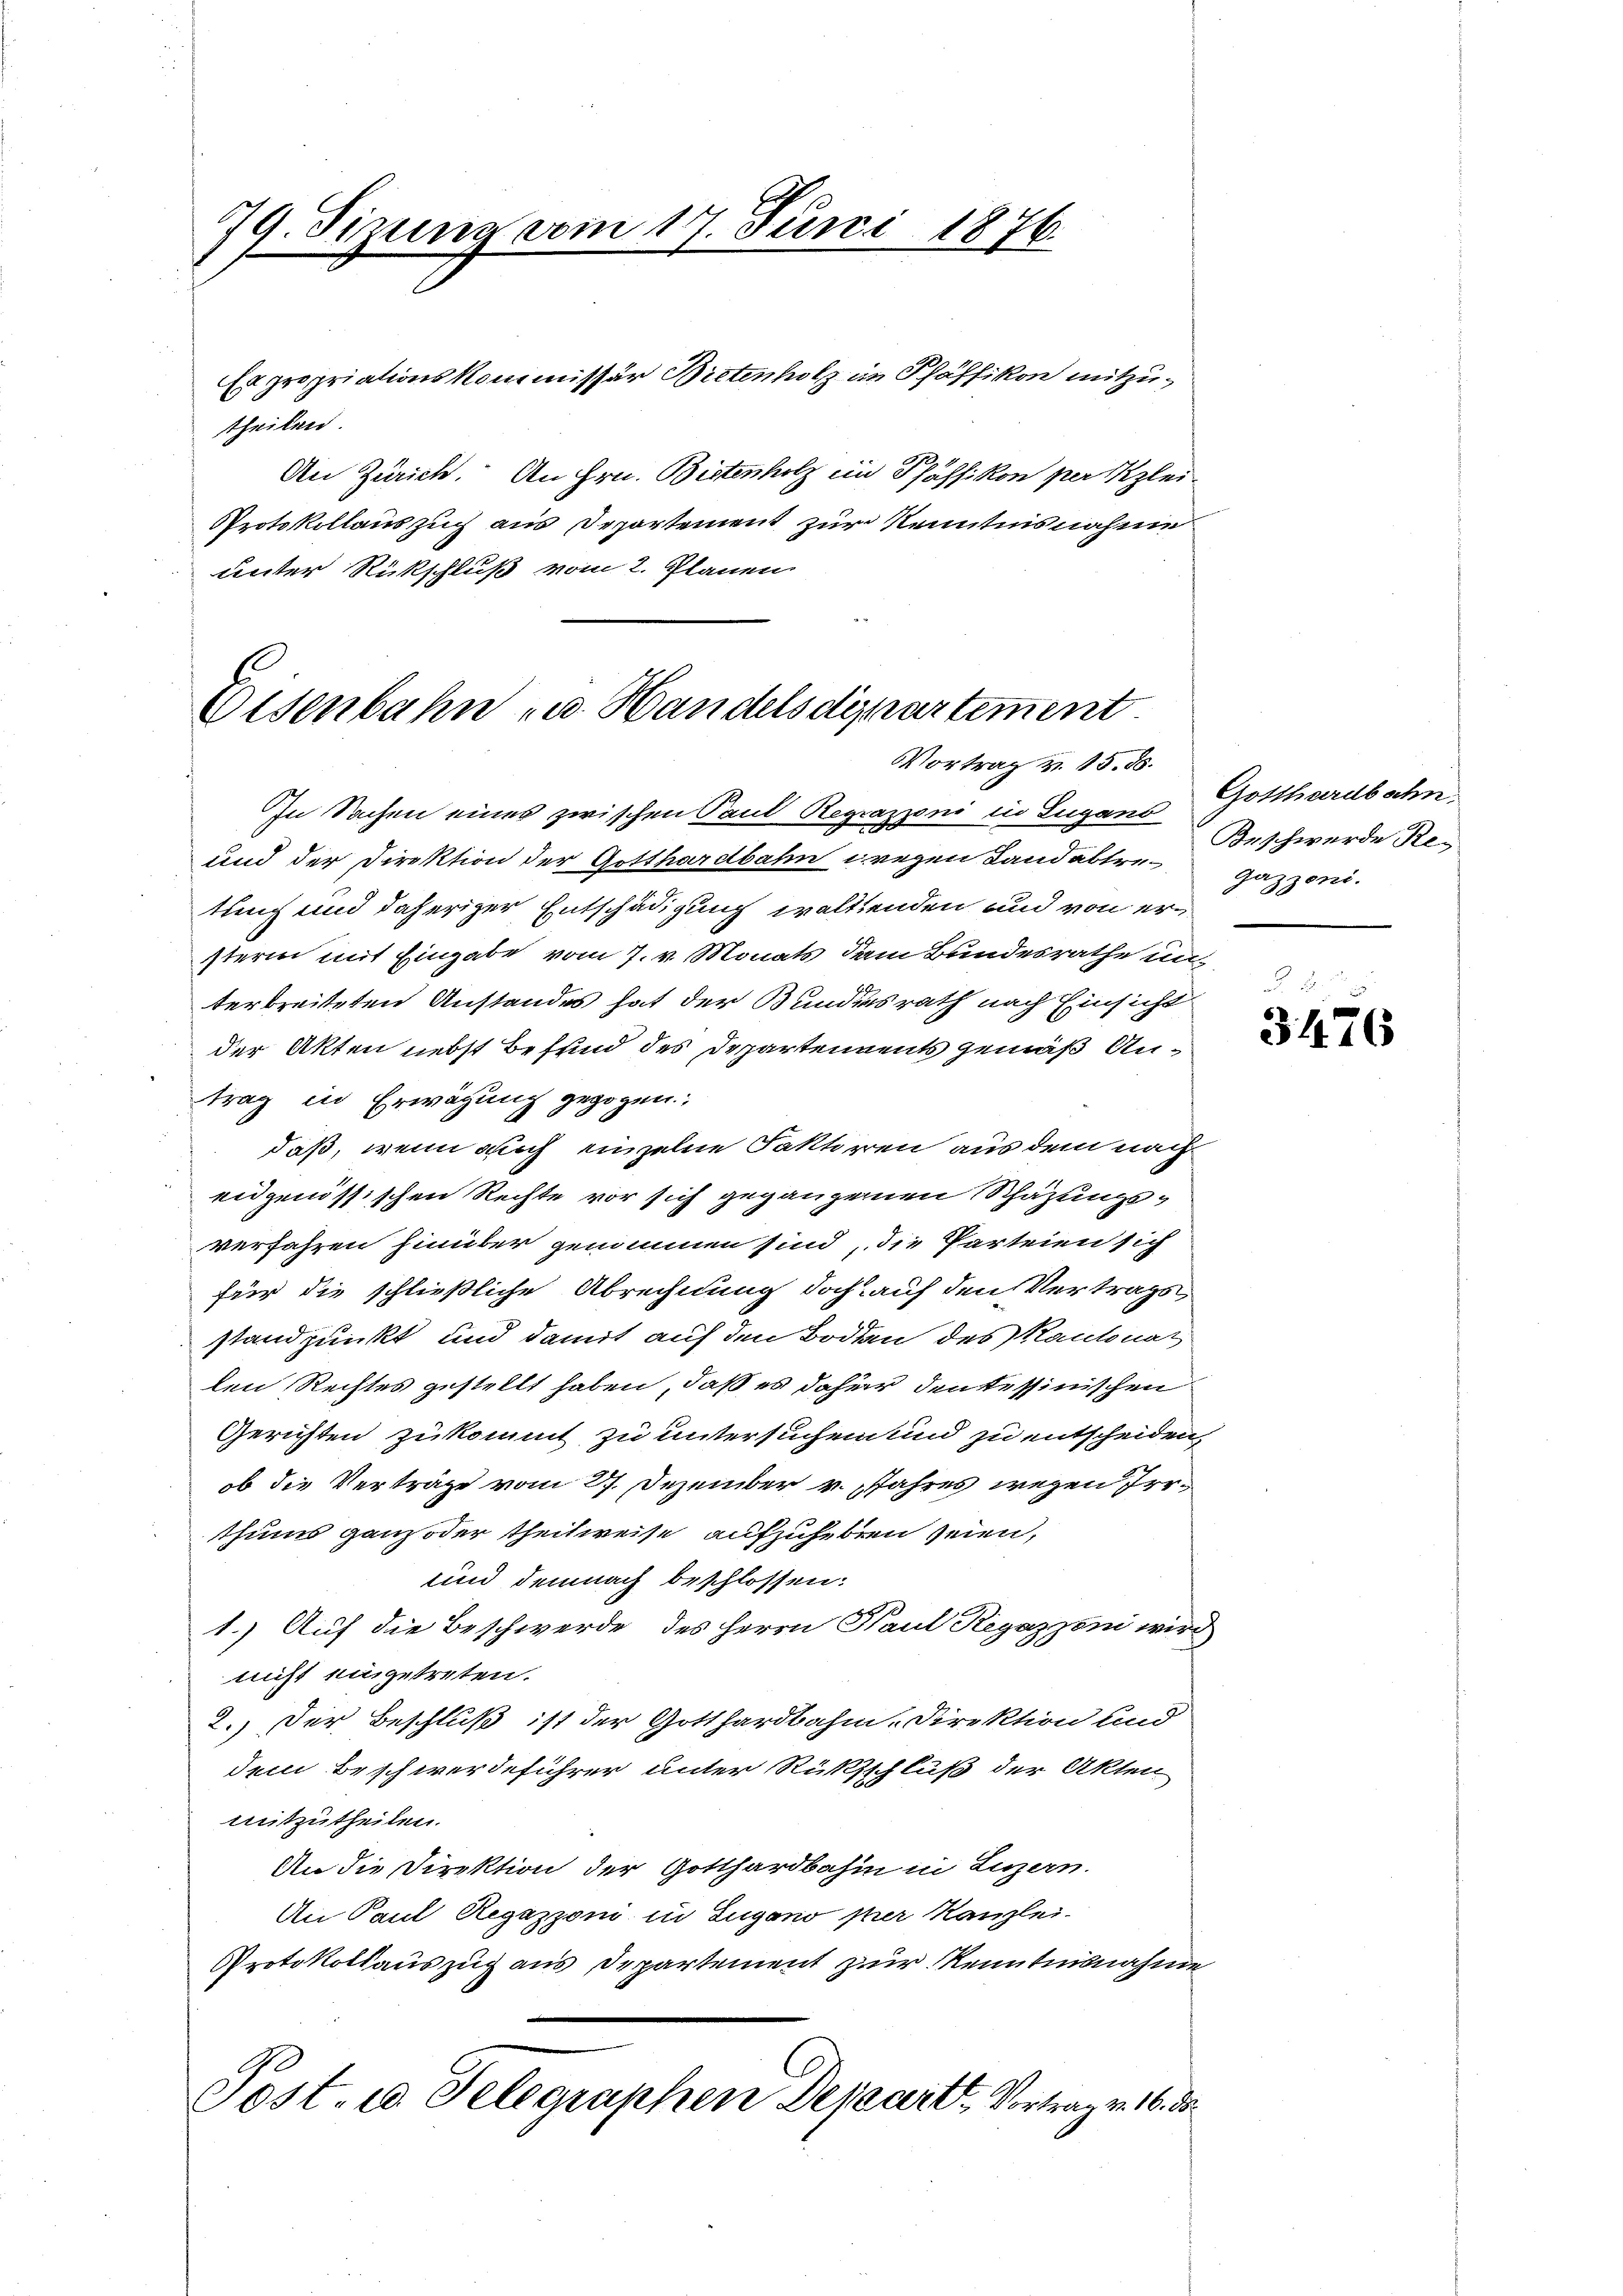
79 Tizung vom 17. Juni 1876.

Es propriationskommissär Bietenholz in Pfäffikon mitzutheilen.
An Zürich. An Hrn. Bietenholz ein Pfäffikon per Klei¬
Protokollauszug aus Departement zur Kenntnisnahme
unter Rückschluß vom 2. Planen

Eisenbahn u. Handels dispartement.
Vortrag v. 15. ds.

In Sachen eines zwischen Sand Regrazzoni in Lugans
und der Direktion der Gotthardbahn wegen Landabtrengazzen.
tung und daheriger Entschädigung waltenden und von ersterm mit Eingabe vom 7. v. Monats dem Bundesrathe unterbreiteten Anstandes hat der Bundesrath nach Einsicht
der Akten nebst Befund des Departennents gemäß Antrag in Erwägung gezogen.
daß, wenn auch einzelne Faktoren aus dem nach
eidgenössischen Rechte vor sich gegangenen Schäzungsverfahren hinüber genommen sind, die Parteien sich
für die schließliche Abrechnung doch auf den Vertrags
standpunkt und damit auf den Boden des Kantonat
len Rechtes gestellt haben, daß es daher den tessinischen
Gerichten zukommt zu untersuchen und zu entscheiden
ob die Verträge vom 27. Dezember v. Jahres wegen Irrthums ganz oder theilweise aufzuheben seien,
und demnach beschlossen:
1.) Auf die Beschwerde des Herrn Paul Regazzoni wird
nicht eingetreten.
2.) Der Beschluß ist der Gotthardbahn-Direktion und
dem Beschwerdeführer unter Rücksschluß der Akten
mitzutheilen.
An die Direktion der Gotthardbahn in Luzern.
An Paul Regazzoni in Zugano per Kanzlei-
Protokollauszug aus Departement zur Kenntnisnahme
Post- u. Telegraphen Departt. Vortrag v. 16. d.

Gotthardbahn.
Beschwerde Re¬

3426